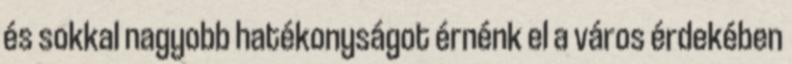
és sokkal nagyobb hatékonyságot érnénk el a város érdekében